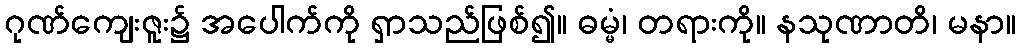
ဂုဏ်ကျေးဇူး၌ အပေါက်ကို ရှာသည်ဖြစ်၍။ ဓမ္မံ၊ တရားကို။ နသုဏာတိ၊ မနာ။